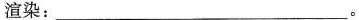
渲染：___。